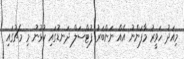
މިއަދު ހަވީރު މާފަންނު އެއް ނަންބަރު ފުޓްސަލް ދަނޑުގައި ކުޅުނު މި މެޗުގައި